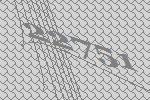
22751